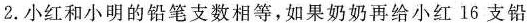
2.小红和小明的铅笔支数相等，如果奶奶再给小红16支铅